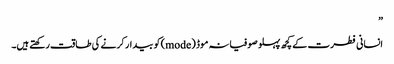
”
انسانی فطرت کے کچھ پہلو صوفیانہ موڈ (mode) کو بیدار کرنے کی طاقت رکھتے ہیں۔